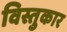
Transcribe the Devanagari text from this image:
विस्तुकार